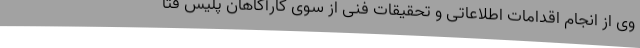
وی از انجام اقدامات اطلاعاتی و تحقیقات فنی از سوی کارآگاهان پلیس فتا